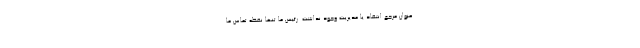
عنوان مرجع انتقاد یا مدیریت وجود نداشت. رئیس ما تنها نقطه تماس ما